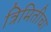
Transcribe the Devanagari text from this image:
त्रिमितीचा